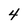
Character: 4